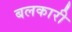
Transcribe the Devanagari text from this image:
बलकारी